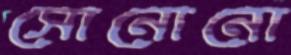
সোনোনো